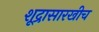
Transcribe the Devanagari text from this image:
शूद्रासारखीच